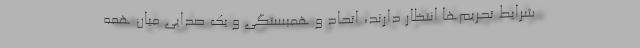
شرایط تحریم‌ها انتظار دارند، اتحاد و همبستگی و یک صدایی میان همه